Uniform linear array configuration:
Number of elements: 32
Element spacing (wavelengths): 0.5
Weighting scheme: cosine
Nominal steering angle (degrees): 30
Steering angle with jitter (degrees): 28.07
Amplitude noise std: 0.05
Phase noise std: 0.05

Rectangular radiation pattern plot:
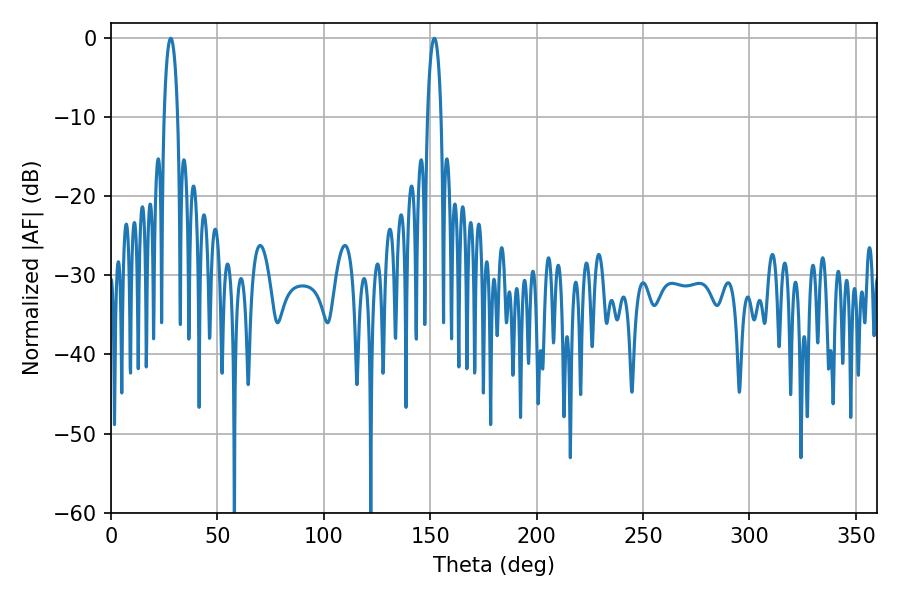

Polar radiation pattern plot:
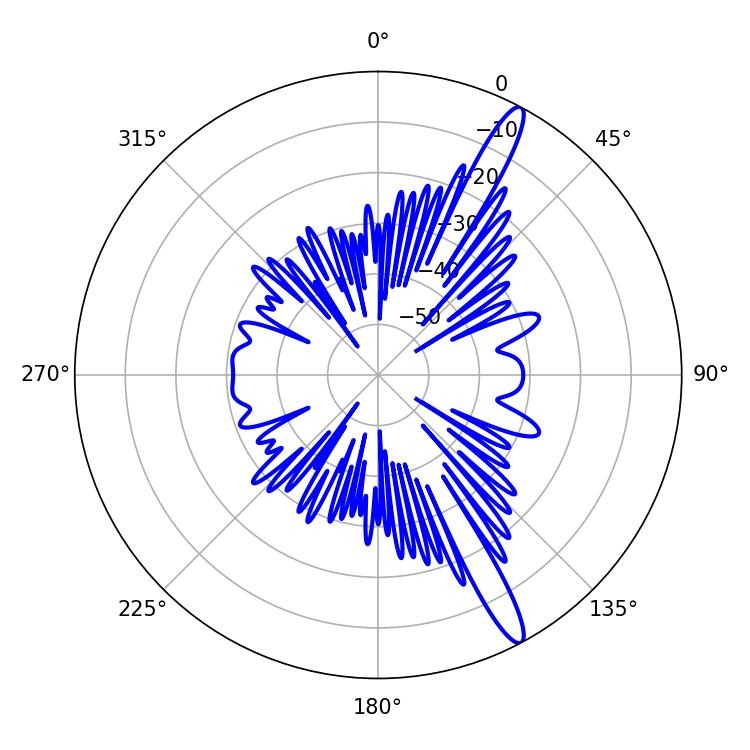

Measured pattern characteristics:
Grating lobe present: FALSE
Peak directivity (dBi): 14.76
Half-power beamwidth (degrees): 3.6
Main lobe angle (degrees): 28.08